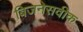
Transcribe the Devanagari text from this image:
बिजनेसवीक